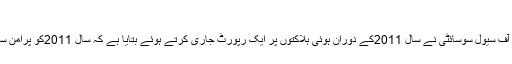
پرامن سال کا نعرہ کھوکھلا | Imtiyaz Khan
جموں و کشمیر میں انسانی حقوق کیلئے سرگرم ایک معروف تنظیم جموں کشمیر کولیشن آف سیول سوسائٹی نے سال 2011کے دوران ہوئی ہلاکتوں پر ایک رپورٹ جاری کرتے ہوئے بتایا ہے کہ سال 2011کو پرامن سال تعبیر کرنے کا جو سرکاری بیان منظر عام پر آیا ہے اس میں کوئی صداقت نہیں ہے۔